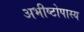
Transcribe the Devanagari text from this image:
अभीष्टोपास्य